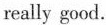
really good.